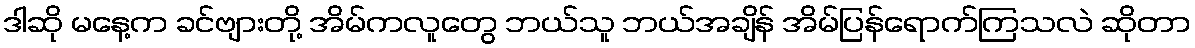
ဒါဆို မနေ့က ခင်ဗျားတို့ အိမ်ကလူတွေ ဘယ်သူ ဘယ်အချိန် အိမ်ပြန်ရောက်ကြသလဲ ဆိုတာ